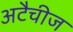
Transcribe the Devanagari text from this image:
अटैचीज